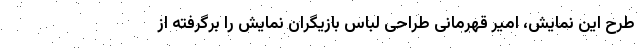
طرح این نمایش، امیر قهرمانی طراحی لباس بازیگران نمایش را برگرفته از